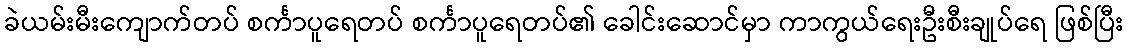
ခဲယမ်းမီးကျောက်တပ် စင်္ကာပူရေတပ် စင်္ကာပူရေတပ်၏ ခေါင်းဆောင်မှာ ကာကွယ်ရေးဦးစီးချုပ်ရေ ဖြစ်ပြီး